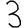
Digit: 3